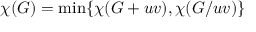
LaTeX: \chi ( G ) = { \mathrm { m i n } } \{ \chi ( G + u v ) , \chi ( G / u v ) \}